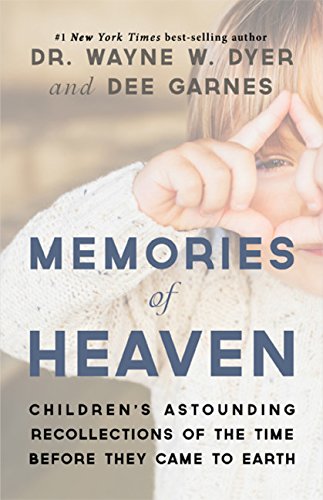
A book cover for Memories of Heaven: Children's Astounding Recollections of the Time Before They Came to Earth; Wayne Dyer; Parenting & Relationships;